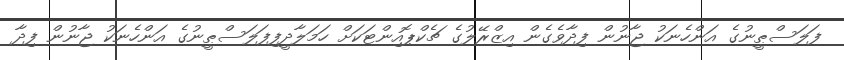
ފަލަސްޠީނުގެ އަންހެނަކު ޖާނުން ފިދާވެގެން އިޒްރޭލުގެ ޗެކްޕޮއިންޓަކަށް ހަމަލާދީފިފަލަސްޠީނުގެ އަންހެނަކު ޖާނުން ފިދާ